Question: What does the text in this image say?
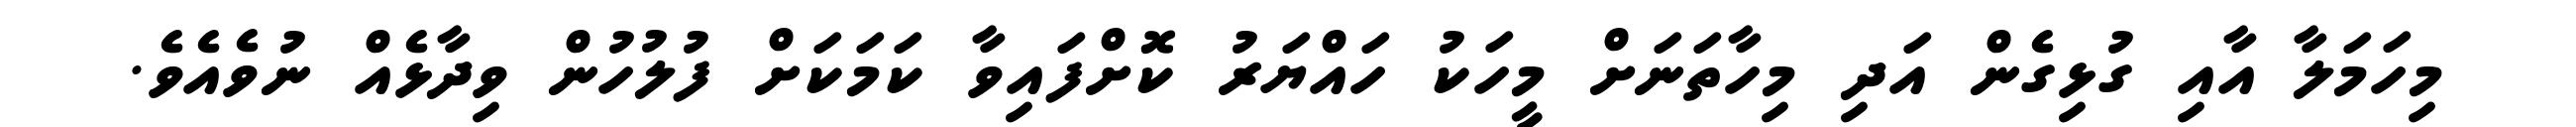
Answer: މިހަމަލާ އާއި ގުޅިގެން އަދި މިހާތަނަށް މީހަކު ހައްޔަރު ކޮށްފައިވާ ކަމަކަށް ފުލުހުން ވިދާޅެއް ނުވެއެވެ.